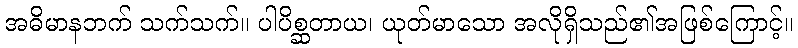
အဓိမာနဘက် သက်သက်။ ပါပိစ္ဆတာယ၊ ယုတ်မာသော အလိုရှိသည်၏အဖြစ်ကြောင့်။